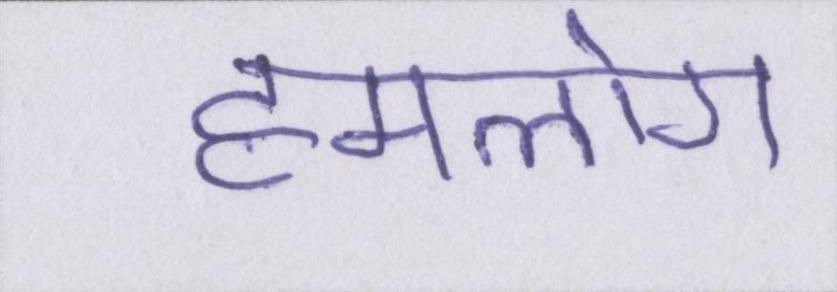
हमलोग